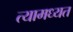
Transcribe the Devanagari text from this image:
त्यामध्यत